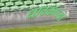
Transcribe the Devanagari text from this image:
धावकाच्या